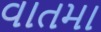
વાતમા